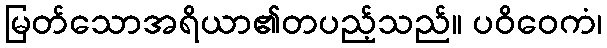
မြတ်သောအရိယာ၏တပည့်သည်။ ပဝိဝေကံ၊